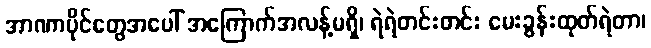
အာဏာပိုင်တွေအပေါ် အကြောက်အလန့်မရှိ၊ ရဲရဲတင်းတင်း မေးခွန်းထုတ်ရဲတာ၊